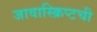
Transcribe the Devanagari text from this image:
जावास्क्रिप्टची